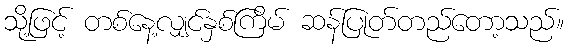
သို့ဖြင့် တစ်နေ့လျှင်နှစ်ကြိမ် ဆန်ပြုတ်တည်တော့သည်။